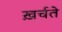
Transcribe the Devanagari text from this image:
ख़र्चते